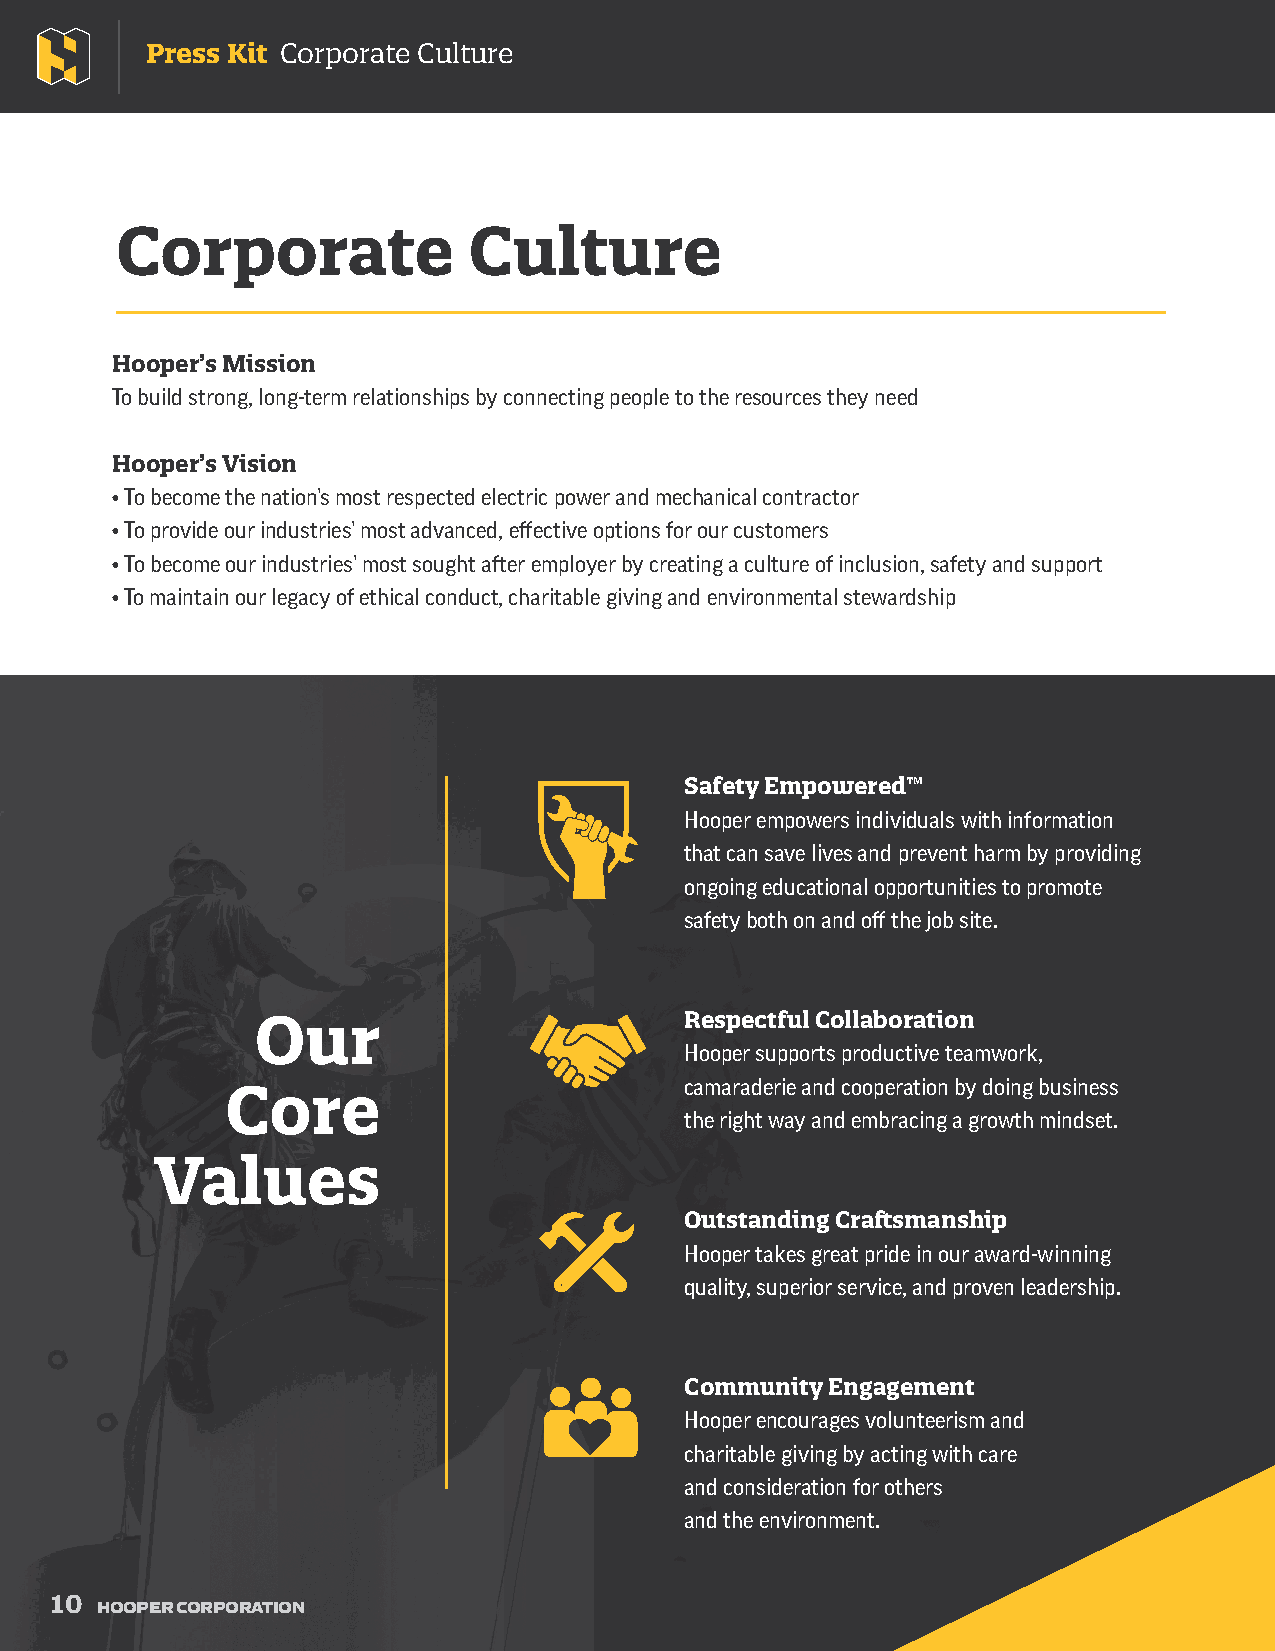
Press Kit Corporate Culture
 Corporate              Culture
 Hooper’s Mission
 To build strong, long-term relationships by connecting people to the resources they need
 Hooper’s Vision
 • To become the nation’s most respected electric power and mechanical contractor
 • To provide our industries’ most advanced, eff ective options for our customers
 • To become our industries’ most sought after employer by creating a culture of inclusion, safety and support
 • To maintain our legacy of ethical conduct, charitable giving and environmental stewardship
 Safety Empowered™
 Hooper empowers individuals with information
 that can save lives and prevent harm by providing
 ongoing educational opportunities to promote
 safety both on and off the job site.
 Our                         Respectful Collaboration
 Hooper supports productive teamwork,
 camaraderie and cooperation by doing business
 Core
 the right way and embracing a growth mindset.
 Values
 Outstanding Craft smanship
 Hooper takes great pride in our award-winning
 quality, superior service, and proven leadership.
 Community Engagement
 Hooper encourages volunteerism and
 charitable giving by acting with care
 and consideration for others
 and the environment.
 10
 HOOPER CORPORATION